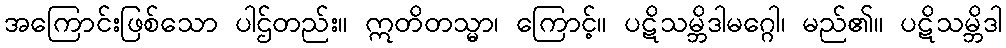
အကြောင်းဖြစ်သော ပါဌ်တည်း။ ဣတိတသ္မာ၊ ကြောင့်။ ပဋိသမ္ဘိဒါမဂ္ဂေါ၊ မည်၏။ ပဋိသမ္ဘိဒါ